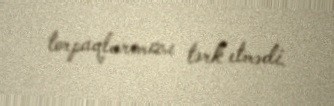
torpaqlarımızı tərk etmədi.